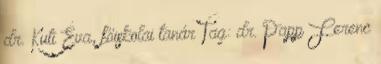
dr. Kuti Éva, főiskolai tanár Tag: dr. Papp Ferenc